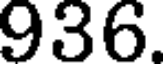
936.